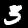
Label: 3